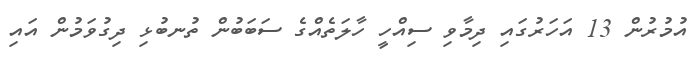
އުމުރުން 13 އަހަރުގައި ދިމާވި ސިއްހީ ހާލަތެއްގެ ސަބަބުން ތުނބުޅި ދިގުވަމުން އައި